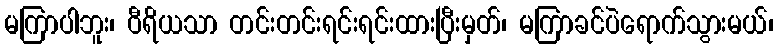
မကြာပါဘူး၊ ဝီရိယသာ တင်းတင်းရင်းရင်းထားပြီးမှတ်၊ မကြာခင်ပဲရောက်သွားမယ်၊